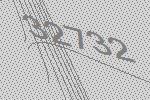
32732